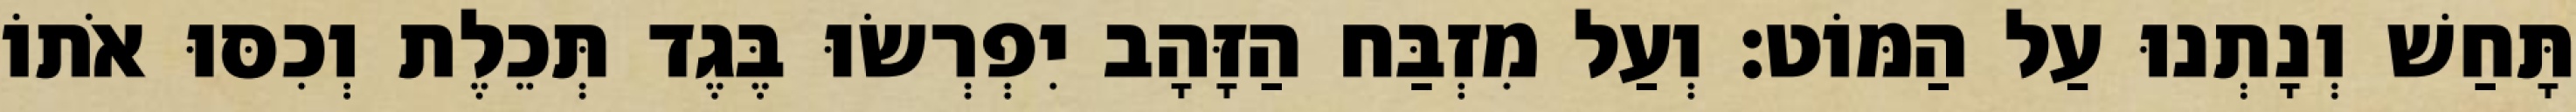
תָּחַשׁ וְנָתְנוּ עַל הַמּוֹט׃ וְעַל מִזְבַּח הַזָּהָב יִפְרְשׂוּ בֶּגֶד תְּכֵלֶת וְכִסּוּ אֹתוֹ